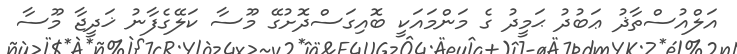
އަލްއުސްތާޛު ޢަބުދު ޙަމީދު ގެ މަންމައަކީ ބޮއިގަސްދޮށުގޭ މޫސާ ކަލޭގެފާނު ޚަދީޖާ މޫސާ